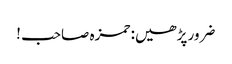
ضرور پڑھیں: حمزہ صاحب !